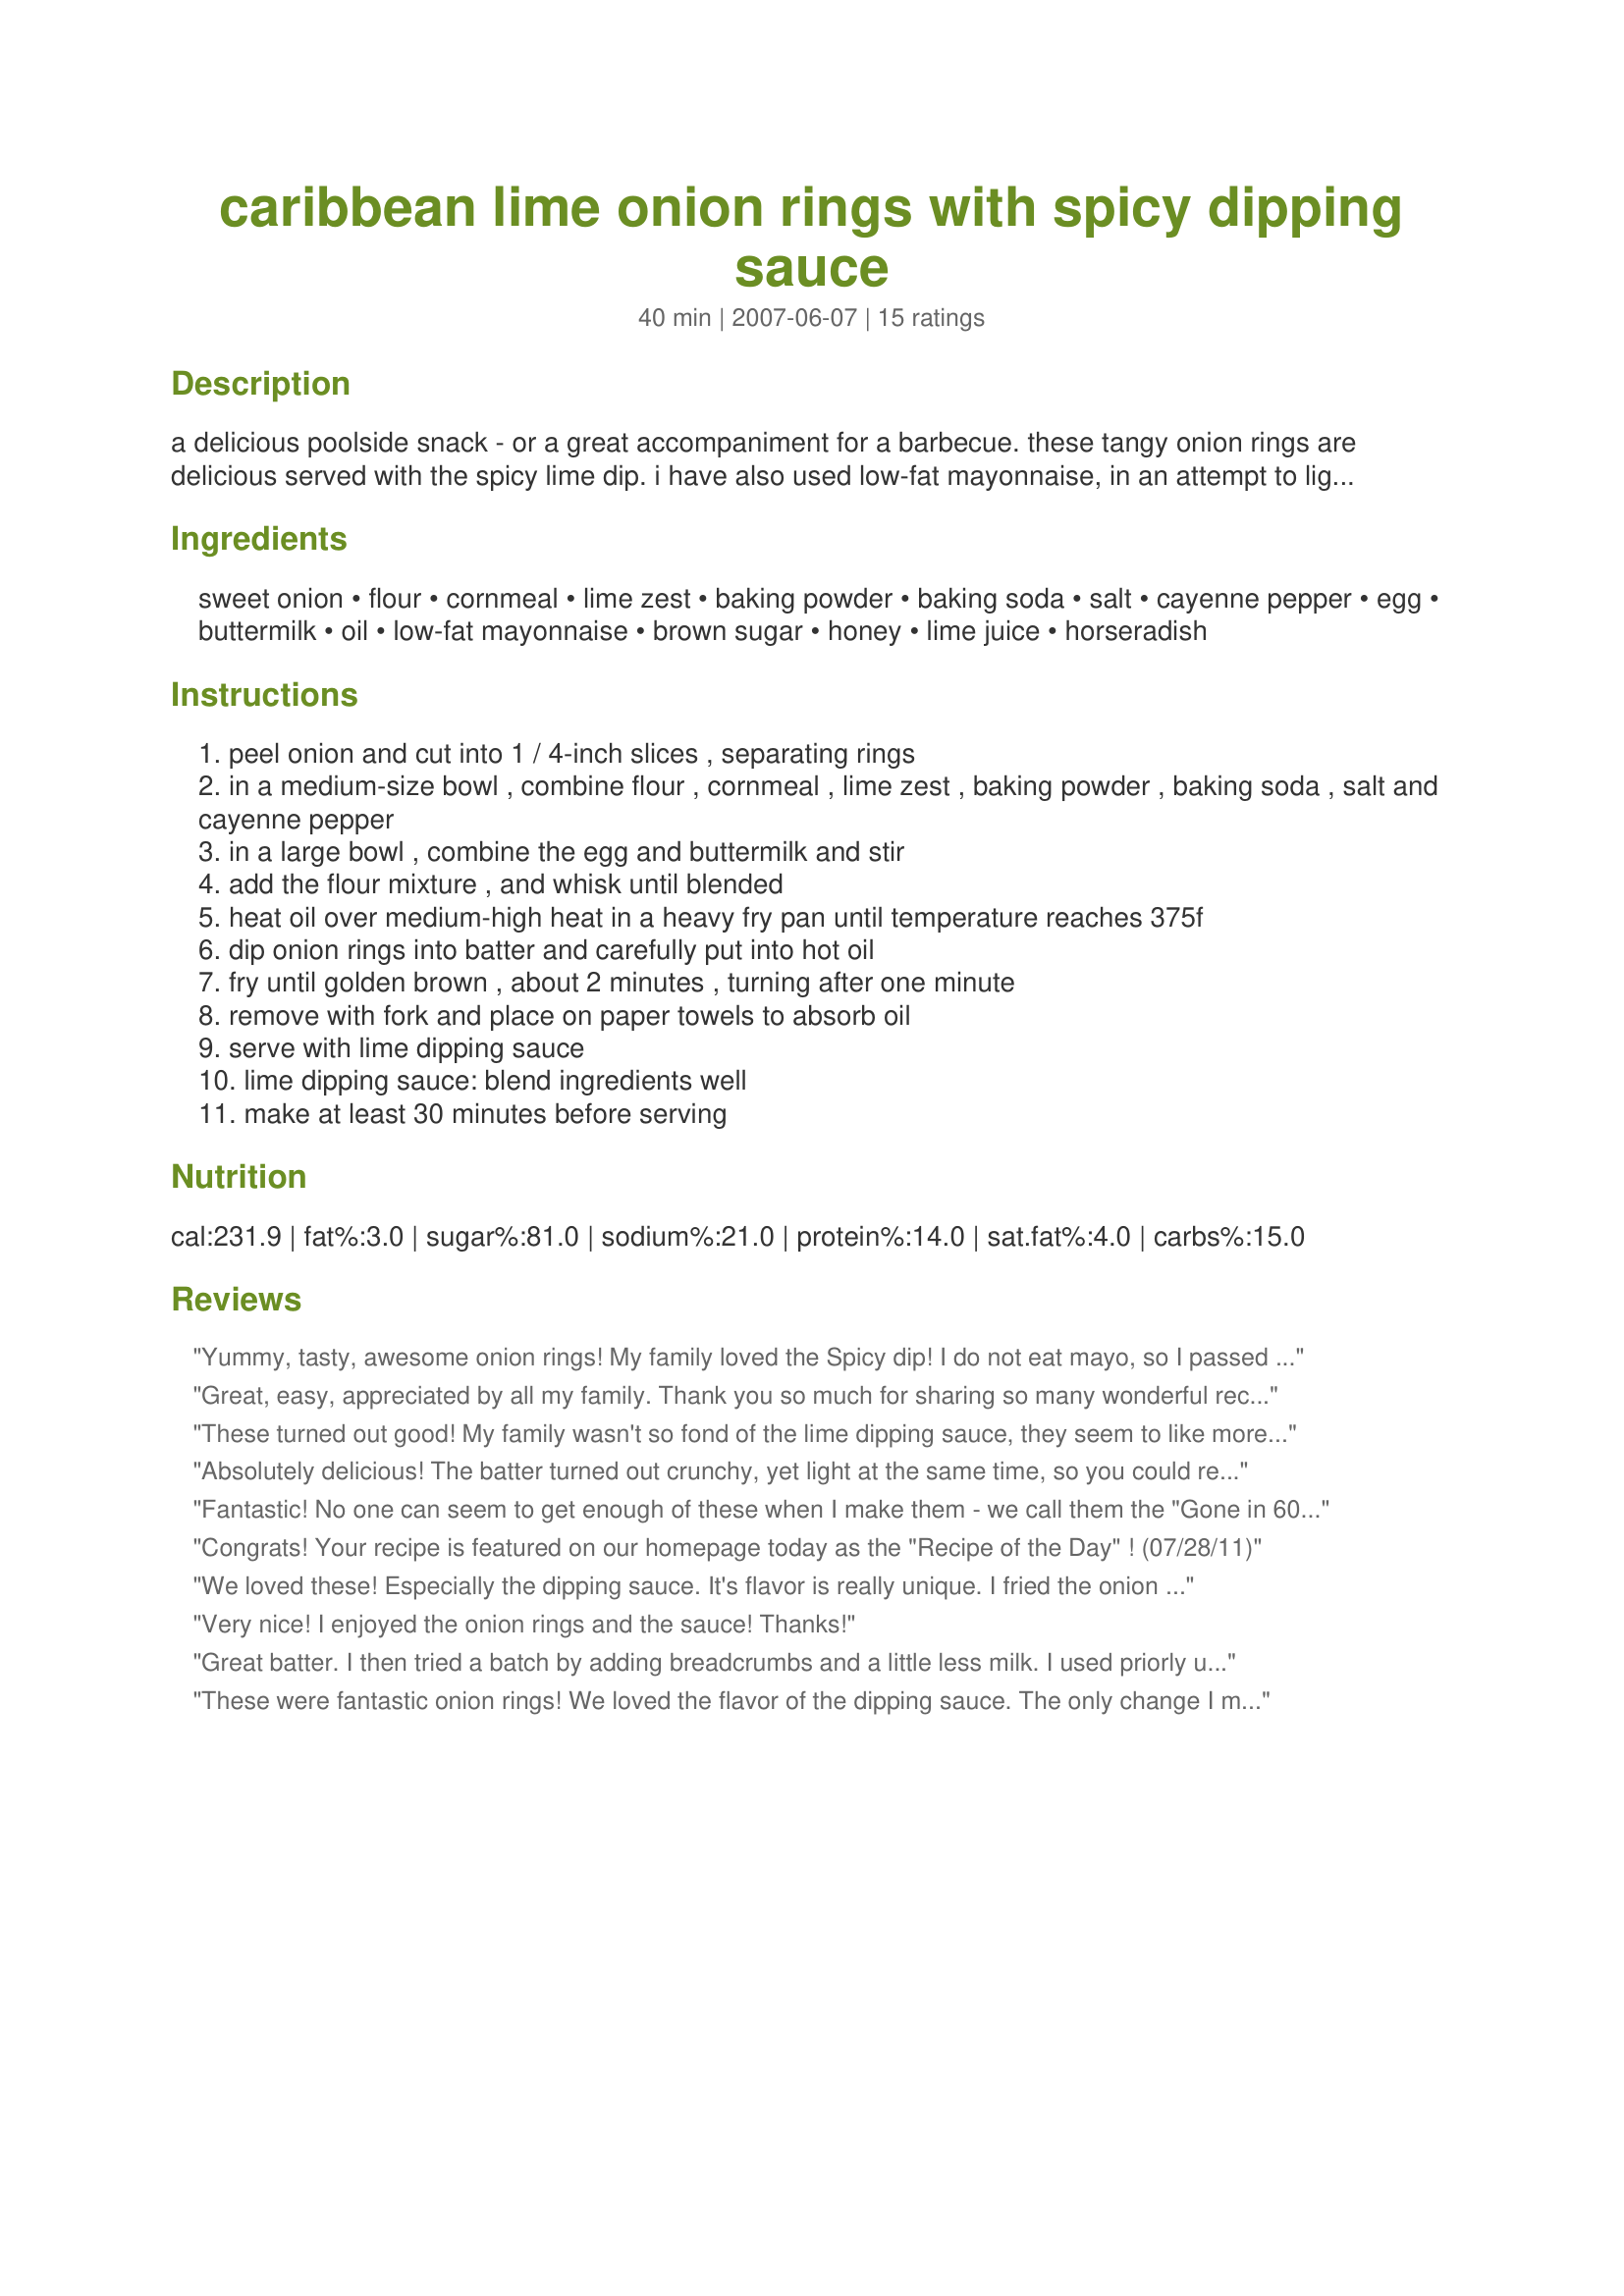
caribbean lime onion rings with spicy dipping sauce
Preparation time: 40 minutes

a delicious poolside snack - or a great accompaniment for a barbecue. these tangy onion rings are delicious served with the spicy lime dip. i have also used low-fat mayonnaise, in an attempt to lighten the calories!

Ingredients:
sweet onion, flour, cornmeal, lime zest, baking powder, baking soda, salt, cayenne pepper, egg, buttermilk, oil, low-fat mayonnaise, brown sugar, honey, lime juice, horseradish

Steps:
peel onion and cut into 1 / 4-inch slices , separating rings
in a medium-size bowl , combine flour , cornmeal , lime zest , baking powder , baking soda , salt and cayenne pepper
in a large bowl , combine the egg and buttermilk and stir
add the flour mixture , and whisk until blended
heat oil over medium-high heat in a heavy fry pan until temperature reaches 375f
dip onion rings into batter and carefully put into hot oil
fry until golden brown , about 2 minutes , turning after one minute
remove with fork and place on paper towels to absorb oil
serve with lime dipping sauce
lime dipping sauce: blend ingredients well
make at least 30 minutes before serving

Reviews:
Yummy, tasty, awesome onion rings! My family loved the Spicy dip! I do not eat mayo, so I passed on the sauce. These rings were so tasty, I didn't even miss it!But DH, and DD loved the sauce! Thanks Karen! Made for World Tour.
Great, easy, appreciated by all my family. Thank you so much for sharing so many wonderful recipes. Lolly
These turned out good! My family wasn't so fond of the lime dipping sauce, they seem to like more tangy dipping sauces instead, just there personal preferences. Either way both were good. Thanks for posting!
Absolutely delicious! The batter turned out crunchy, yet light at the same time, so you could really taste the onion. And the dip was SOO fantastic. Very creamy with a hint of citrus, and we loved the horseradish in it. Such a unique dip -- and so very good. Thanks for sharing your recipe with us, FT.
Fantastic! No one can seem to get enough of these when I make them - we call them the "Gone in 60 Seconds Rings". Have used low-fat sour cream in place of mayonnaise for dip. Many thanks for sharing!
Congrats! Your recipe is featured on our homepage today as the "Recipe of the Day" ! (07/28/11)
We loved these! Especially the dipping sauce. It's flavor is really unique. I fried the onion rings in my deep fryer for 2 minutes each batch & served with 3 different sauces but the Lime Dipping Sauce reccomended was the only one that we liked with these rings. It was very complimentary to the batter. Thanks for such a fun afternoon family snack, FT! Made as a thank you for all your work as a host in the Holiday forum. :)
Very nice! I enjoyed the onion rings and the sauce! Thanks!
Great batter. I then tried a batch by adding breadcrumbs and a little less milk. I used priorly used frying oil which affected the taste so next time I will use fresh oil which I'm sure will make the difference. The wonderful thing is that the onion rings come out just like the picture. I didn't try the sauce but will do so next time.
These were fantastic onion rings! We loved the flavor of the dipping sauce. The only change I might make in the future will be to add a bit of cayenne to the dipping sauce. This was my son's request. Made for a fond farewell to FT in the Holiday recipe swap.
Oh my goodness! This was awesome! I especially loved the dip! I HAVE to find some other things to use the dipping sauce on...I thought the batter was tasty and tangy, and the onion rings were some of the best I've ever made! I looked around for more things to dip and fry! I'll try 2 onions next time! Thanks so much for sharing, French Tart! Made for Fall PAC '09.
This was great! Really really easy to make and it has great flavor. But you don&#039;t need all that batter. Next time I&#039;ll make less. The sauce was delicious and I plan on using it as a salad dressing as well.
Both the onion rings and the sauce are very good. I think the sauce will make a good salad dressing also or as a dipping sauce for other deep fried vegetables. (I used it for the onion rings and zucchini coins.) I think I'll try the sauce as a dipper for unbattered radishes, a vegetable that is not one of my favorites. I have tried onion rings with a cornmeal batter and this batter. They are both good, but this one is tops. Thanks for the recipe.
This was excellent. A great evening snack. My girls were eating them as they were coming out of deep fryer, so I didn't get to take a photo :( The sauce was great, I used spicy horseradish which gave it that tang! Excellent FT. Thank you for posting. Made by member of "Cooks With Dirty Faces" for ZWT5
Good recipe!! My only comments are my onions rings got a bit soggy after awhile. It could just be me though, so Im going to try it again=) And I thought it could use a little bit more lime or something just to give it some more oomph. Just personal taste though. Overall pretty good though! I really enjoyed the sauce with it!!
